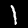
Label: 1